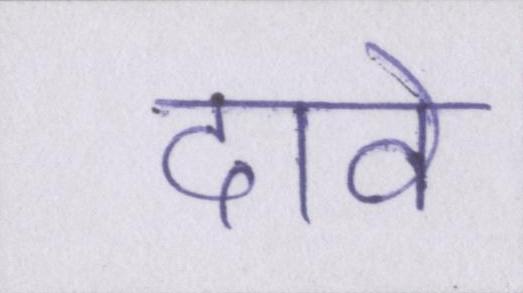
दावे